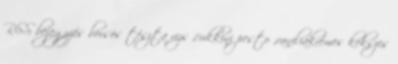
RSS bejegyzés borsós tészta rizs ,cukkini pesto ,vaniliakrémes kekszes